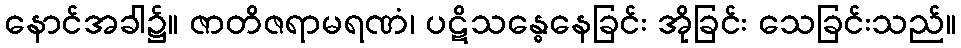
နောင်အခါ၌။ ဇာတိဇရာမရဏံ၊ ပဋိသန္ဓေနေခြင်း အိုခြင်း သေခြင်းသည်။